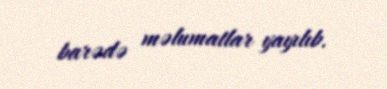
barədə məlumatlar yayılıb.